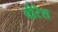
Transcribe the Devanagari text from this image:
बीरेश